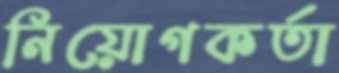
নিয়োগকর্তা